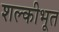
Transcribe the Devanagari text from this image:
शल्कीभूत